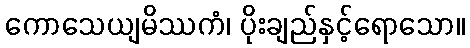
ကောသေယျမိဿကံ၊ ပိုးချည်နှင့်ရောသော။